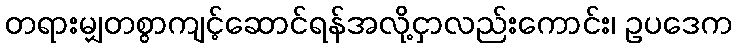
တရားမျှတစွာကျင့်ဆောင်ရန်အလို့ငှာလည်းကောင်း၊ ဥပဒေက